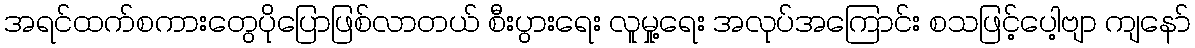
အရင်ထက်စကားတွေပိုပြောဖြစ်လာတယ် စီးပွားရေး လူမှု့ရေး အလုပ်အကြောင်း စသဖြင့်ပေါ့ဗျာ ကျနော်